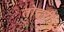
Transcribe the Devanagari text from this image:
तोदरी